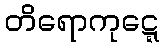
တိရောကုဋ္ဋေ